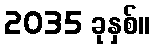
2035 ခုနှစ်။